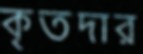
কৃতদার